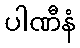
ပါဏီနံ